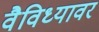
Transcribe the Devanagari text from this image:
वैविध्यावर